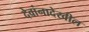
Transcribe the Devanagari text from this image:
देवांनादेखील